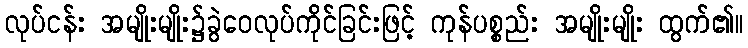
လုပ်ငန်း အမျိုးမျိုး၌ခွဲဝေလုပ်ကိုင်ခြင်းဖြင့် ကုန်ပစ္စည်း အမျိုးမျိုး ထွက်၏။